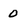
Character: 0